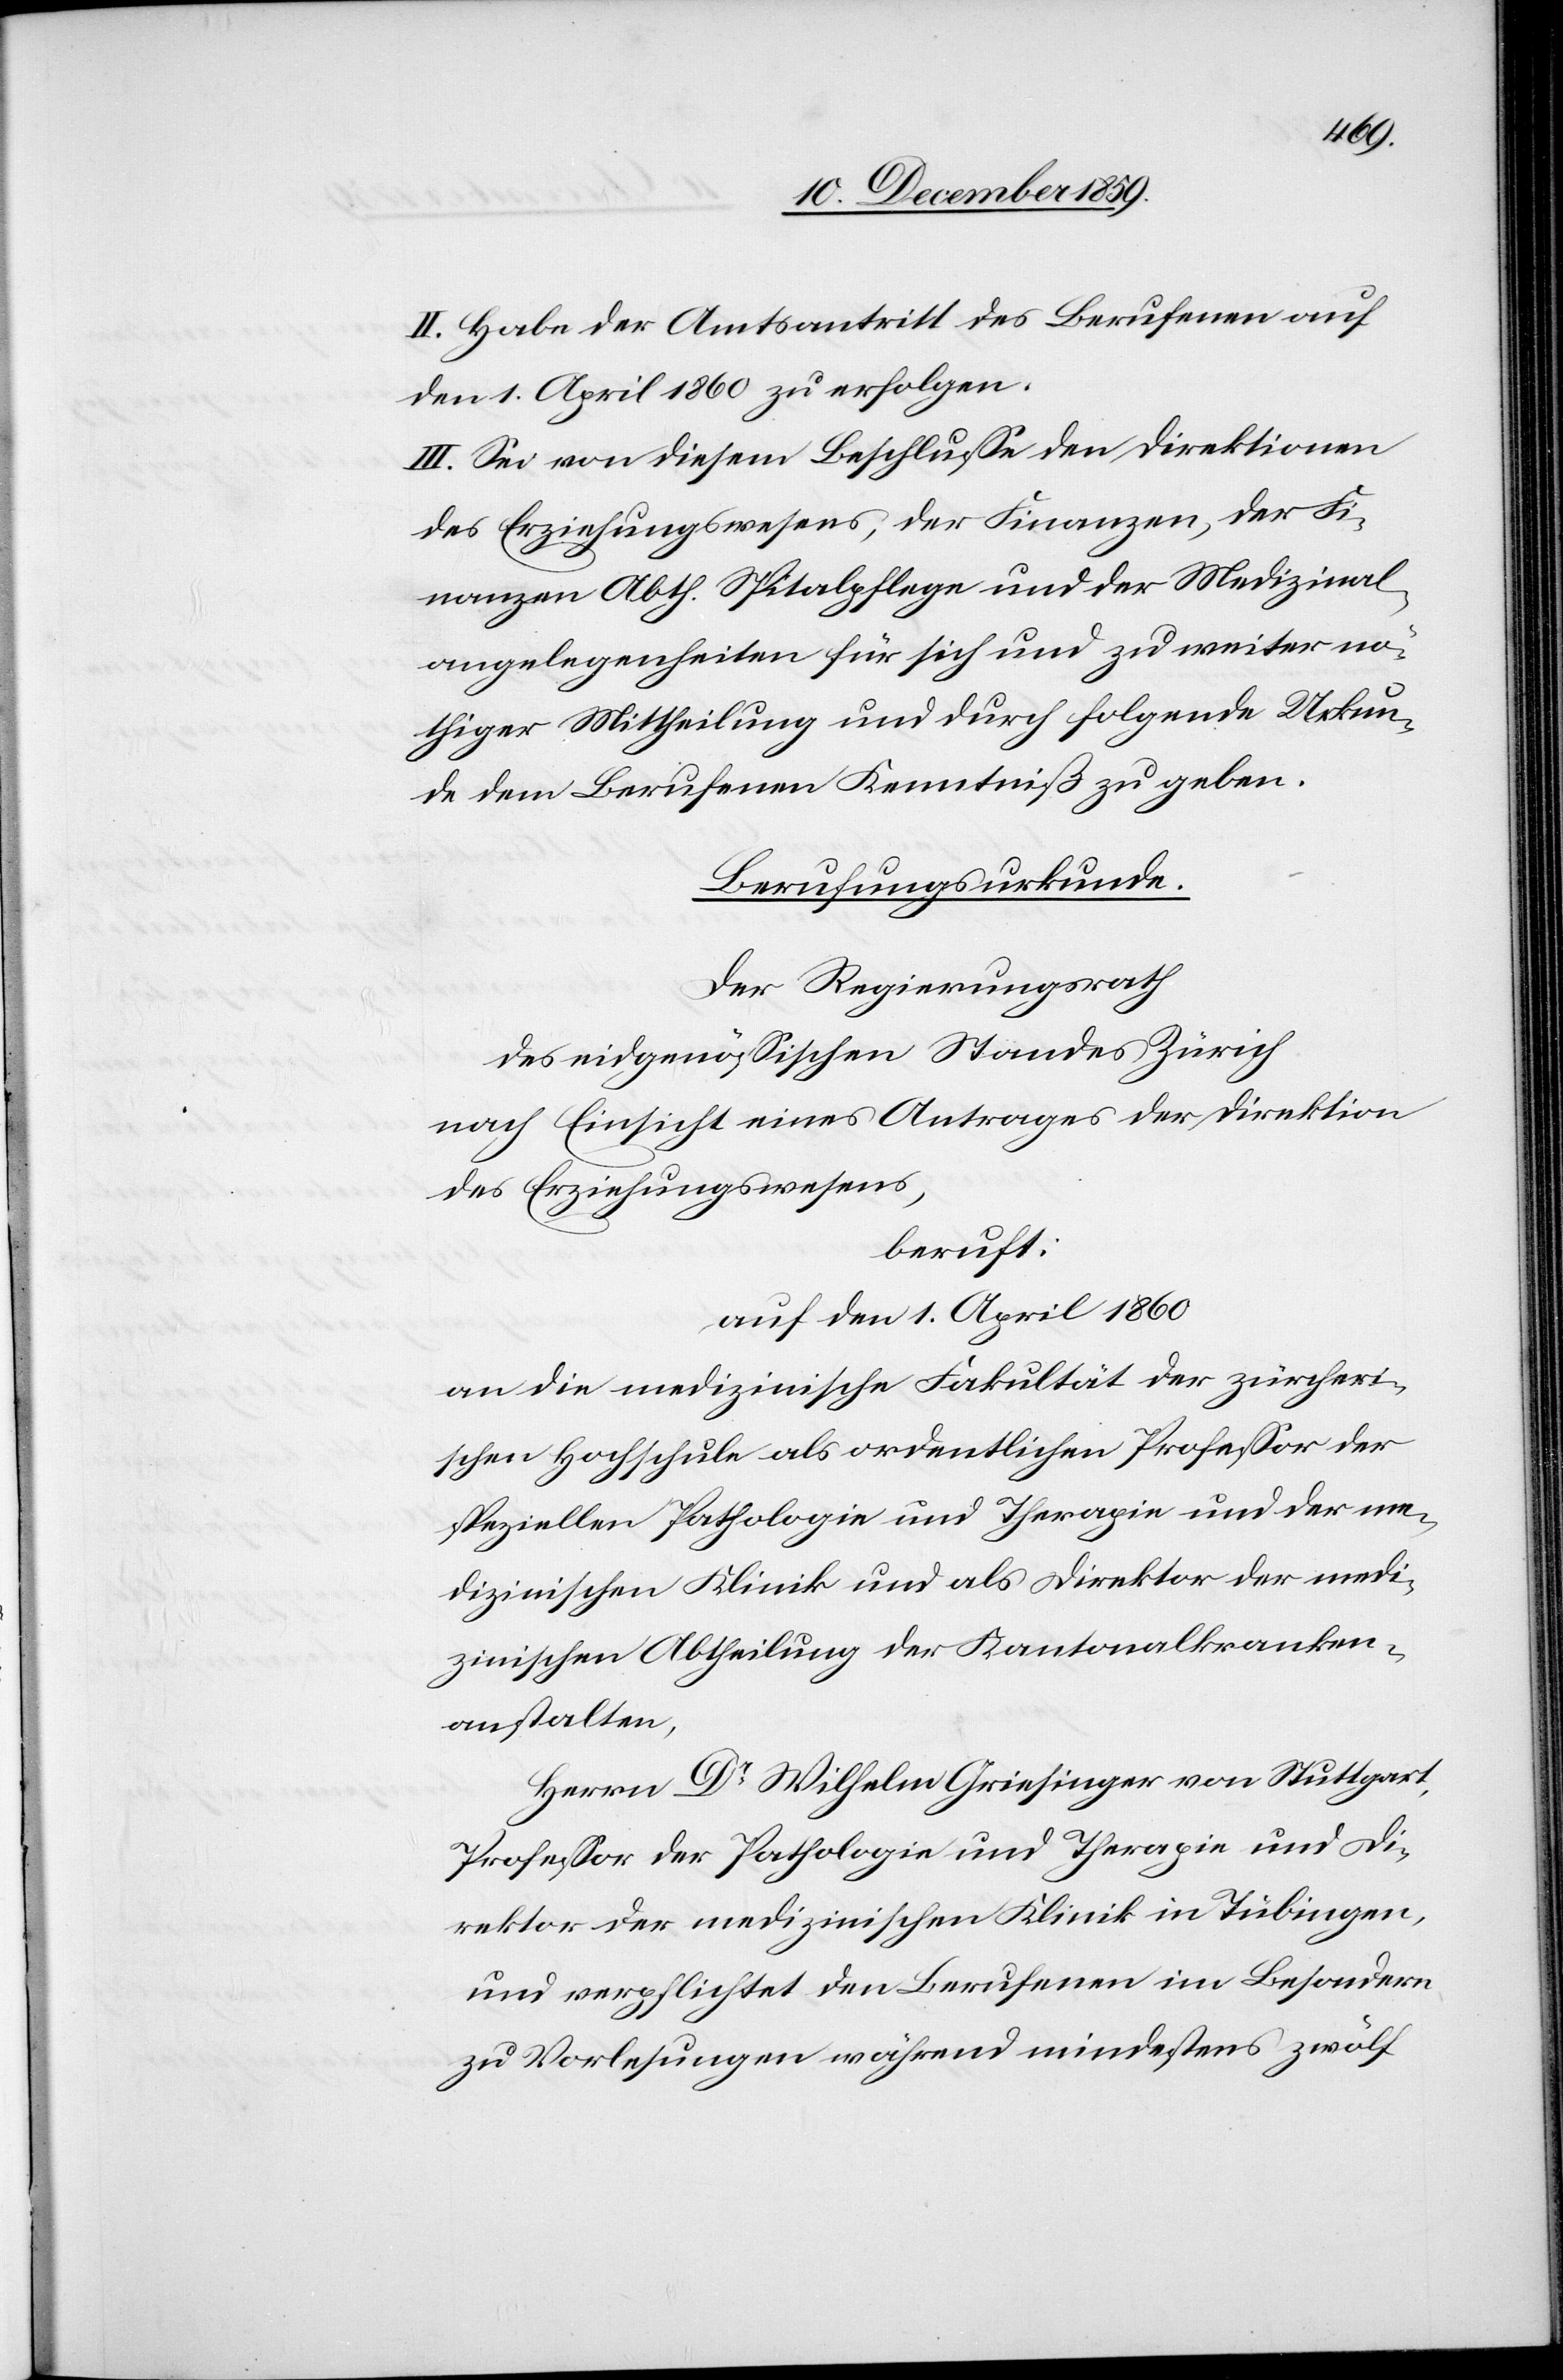
II. Habe der Amtsantritt des Berufenen auf
den 1. April 1860 zu erfolgen.
III. Sei von diesem Beschlusse den Direktionen
des Erziehungswesens, der Finanzen, der Fi¬
nanzen Abth. Spitalpflege und der Medizinal¬
angelegenheiten für sich und zu weiter nö¬
thiger Mittheilung und durch folgende Urkun¬
de dem Berufenen Kenntniß zu geben.
Berufungsurkunde.
Der Regierungsrath
des eidgenössischen Standes Zürich
nach Einsicht eines Antrages der Direktion
des Erziehungswesens,
beruft:
auf den 1. April 1860
an die medizinische Fakultät der zürcheri¬
schen Hochschule als ordentlichen Professor der
speziellen Pathologie und Therapie und der me¬
dizinischen Klinik und als Direktor der medi¬
zinischen Abtheilung der Kantonalkranken¬
anstalten,
Herrn Dr Wilhelm Griesinger von Stuttgart,
Professor der Pathologie und Therapie und Di¬
rektor der medizinischen Klinik in Tübingen,
und verpflichtet den Berufenen im Besondern
zu Vorlesungen während mindestens zwölf